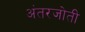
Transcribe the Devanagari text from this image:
अंतरजोती